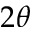
2 \theta